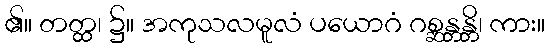
၏။ တတ္ထ၊ ၌။ အကုသလမူလံ ပယောဂံ ဂစ္ဆန္တန္တိ၊ ကား။